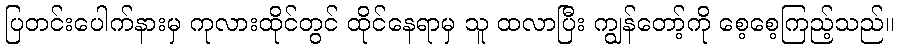
ပြတင်းပေါက်နားမှ ကုလားထိုင်တွင် ထိုင်နေရာမှ သူ ထလာပြီး ကျွန်တော့်ကို စေ့စေ့ကြည့်သည်။